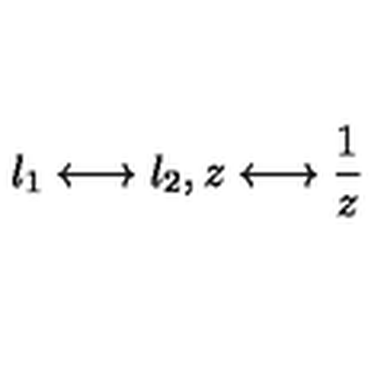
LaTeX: l _ { 1 } \longleftrightarrow l _ { 2 } , z \longleftrightarrow \frac 1 z